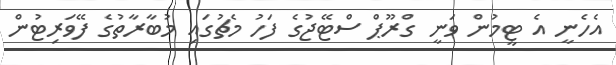
އެހެނީ އެ ޓީމުން ވަނީ ގްރޫޕް ސްޓޭޖުގެ ފަހު މެޗުގައި މުބާރާތުގެ ފޭވަރިޓުން